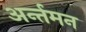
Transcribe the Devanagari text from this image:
अर्न्‍तमन